Report of the Indian Hemp Drugs Commission, 1894-1895 - Volume VII
Year: 1894
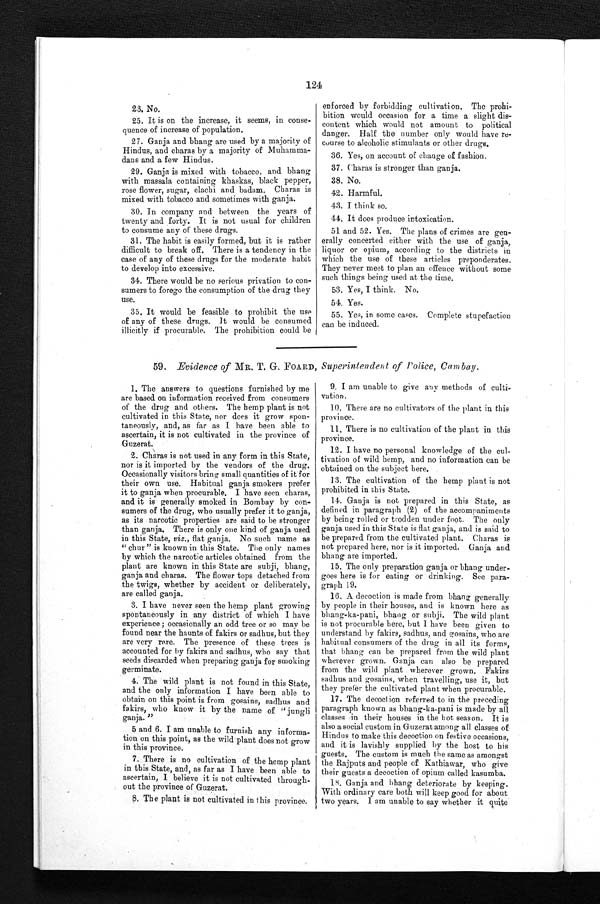
124
23. No.
25. It is on the increase, it seems, in conse
- q u e n c e o f i n c r e a s e o f p o p u l a t i o n .
27. Ganja and bhang are used by a majority of
Hindus, and charas by a majority of Muhamma--
dans and a few Hindus.
29. Ganja is mixed with tobacco, and bhang
with massala containing khaskas, black pepper,
rose flower, sugar, elachi and badam. Charas is
mixed with tobacco and sometimes with ganja.
30. In company and between the years of
twenty and forty. It is not usual for children
to consume any of these drugs.
31. The habit is easily formed, but it is rather
d i f f i c u l t t o b r e a k o f f . T h e r e i s a t e n d e n c y i n t h e
case of any of these drugs for the moderate habit
to develop into excessive.
34. There would be no serious privation to con
- s u m e r s t o f o r e g o t h e c o n s u m p t i o n o f t h e d r u g t h e y
use.
35. It would be feasible to prohibit the use
of any of these drugs. It would be consumed
illicitly if procurable. The prohibition could be
enforced by forbidding cultivation. The prohi
-bition would occasion for a time a slight dis-
- c o n t e n t w h i c h w o u l d n o t a m o u n t t o p o l i t i c a l
danger. Half the number only would have re
- c o u r s e t o a l c o h o l i c s t i m u l a n t s o r o t h e r d r u g s .
36. Yes, on account of change of fashion.
37. Charas is stronger than ganja.
38. .No.
42. Harmful.
43. I think so.
44. It does produce intoxication.
51 and 52. Yes. The plans of crimes are gen--
erally concerted either with the use of ganja,
liquor or opium, according to the districts in
which the use of these articles preponderates.
They never meet to plan an offence without some
such things being used at the time.
53. Yes, I think. No.
54. Yes.
55. Yes, in some cases. Complete stupefaction
can be induced.
59. Evidence of MR. T. G. FOARD, Superintendent of Police, Cambay.
1. The answers to questions furnished by me
are based on information received from consumers
of the drug and others. The hemp plant is not
cultivated in this State, nor does it grow spon-
- t a n e o u s l y , a n d , a s f a r a s I h a v e b e e n a b l e t o
ascertain, it is not cultivated in the province of
Guzerat.
2. Charas is not used in any form in this State,
nor is it imported by the vendors of the drug.
Occasionally visitors bring small quantities of it for
their own use. Habitual ganja smokers prefer
it to ganja when procurable. I have seen charas,
and it is generally smoked in Bombay by con
- s u m e r s o f t h e d r u g , w h o u s u a l l y p r e f e r i t t o g a n j a ,
as its narcotic properties are said to be stronger
than ganja. There is only one kind of ganja used
in this State, viz., flat ganja. No such name as
" chur " is known in this State. The only names
by which the narcotic articles obtained from the
plant are known in this State are subji, bhang,
ganja and charas. The flower tops detached from
the twigs, whether by accident or deliberately,
are called ganja.
3. I have never seen the hemp plant growing
spontaneously in any district of which I have
experience ; occasionally an odd tree or so may be
found near the haunts of fakirs or sadhus, but they
are very rare. The presence of these trees is
accounted for by fakirs and sadhus, who say that
seeds discarded when preparing ganja for smoking
germinate.
4. The wild plant is not found in this State,
and the only information I have been able to
obtain on this point is from gosains, sadhus and
fakirs, who know it by the name of "jungli
g a n j a . "
5 and 6. I am unable to furnish any informa
- t i o n o n t h i s p o i n t , a s t h e w i l d p l a n t d o e s n o t g r o w
in this province.
7. There is no cultivation of the hemp plant
in this State, and, as far as I have been able to
ascertain, I believe it is not cultivated through--
out the province of Guzerat.
8 . T h e p l a n t i s n o t c u l t i v a t e d i n t h i s p r o v i n c e .
9. I am unable to give any methods of culti
-vation.
10. There are no cultivators of the plant in this
province.
11, There is no cultivation of the plant in this
province.
12. I have no personal knowledge of the cul
- t i v a t i o n o f w i l d h e m p , a n d n o i n f o r m a t i o n c a n b e
obtained on the subject here.
13. The cultivation of the hemp plant is not
prohibited in this State.
14. Ganja is not prepared in this State, as
defined in paragraph (2) of the accompaniments
by being rolled or trodden under foot. The only
ganja used in this State is flat ganja, and is said to
be prepared from the cultivated plant. Charas is
not prepared here, nor is it imported. Ganja and
bhang are imported.
15. The only preparation ganja or bhang under
-goes here is for eating or drinking. See para--
graph 19.
16. A decoction is made from bhang generally
by people in their houses, and is known here as
bhang-ka-pani, bhang or subji. The wild plant
is not procurable here, but I have been given to
understand by fakirs, sadhus, and gosains, who are
habitual consumers of the drug in all its forms,
that bhang can be prepared from the wild plant
wherever grown. Ganja can also be prepared
from the wild plant wherever grown. Fakirs
sadhus and gosains, when travelling, use it, but
they prefer the cultivated plant when procurable.
17. The decoction referred to in the preceding
paragraph known as bhang-ka-pani is made by all
classes in their houses in the hot season. It is
also asocial custom in Guzerat among all classes of
Hindus to make this decoction on festive occasions,
and it is lavishly supplied by the host to his
guests. The custom is much the same as amongst
the Rajputs and people of Kathiawar, who give
their guests a decoction of opium called kasumba.
18. Ganja and bhang deteriorate by keeping.
With ordinary care both will keep good for about
two years. I am unable to say whether it quite